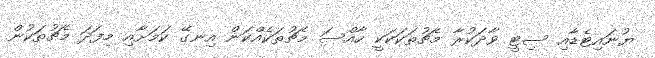
ޔުނައިޓެޑާއި ސިޓީ ވާދަކުރާ މެޗުތަކަކަކީ ހާއްސަ މެޗުތަކެއްކަން އިނގޭ ކަމަށާއި މިފަދަ މެޗުތަކުން